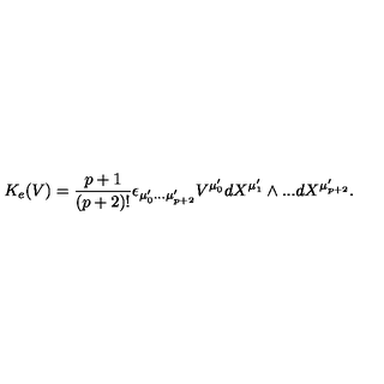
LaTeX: K _ { e } ( V ) = \frac { p + 1 } { ( p + 2 ) ! } \epsilon _ { \mu _ { 0 } ^ { \prime } . . . \mu _ { p + 2 } ^ { \prime } } V ^ { \mu _ { 0 } ^ { \prime } } d X ^ { \mu _ { 1 } ^ { \prime } } \wedge . . . d X ^ { \mu _ { p + 2 } ^ { \prime } } .